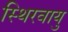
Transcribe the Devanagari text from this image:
स्थिरवायु